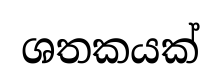
ශතකයක්